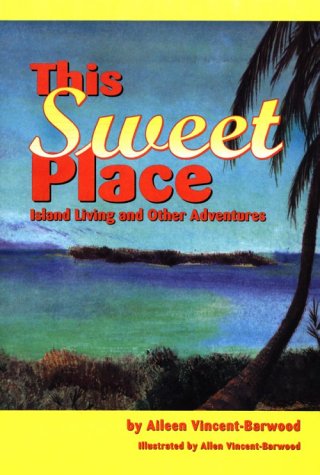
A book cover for This Sweet Place; Island Living and Other Adventures; Aileen Vincent-Barwood; Travel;